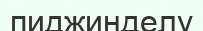
пиджинделу